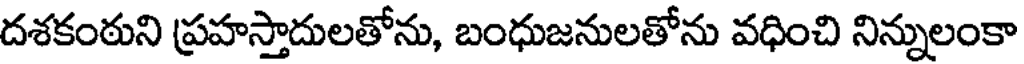
దశకంఠుని ప్రహస్తాదులతోను, బంధుజనులతోను వధించి నిన్నులంకా